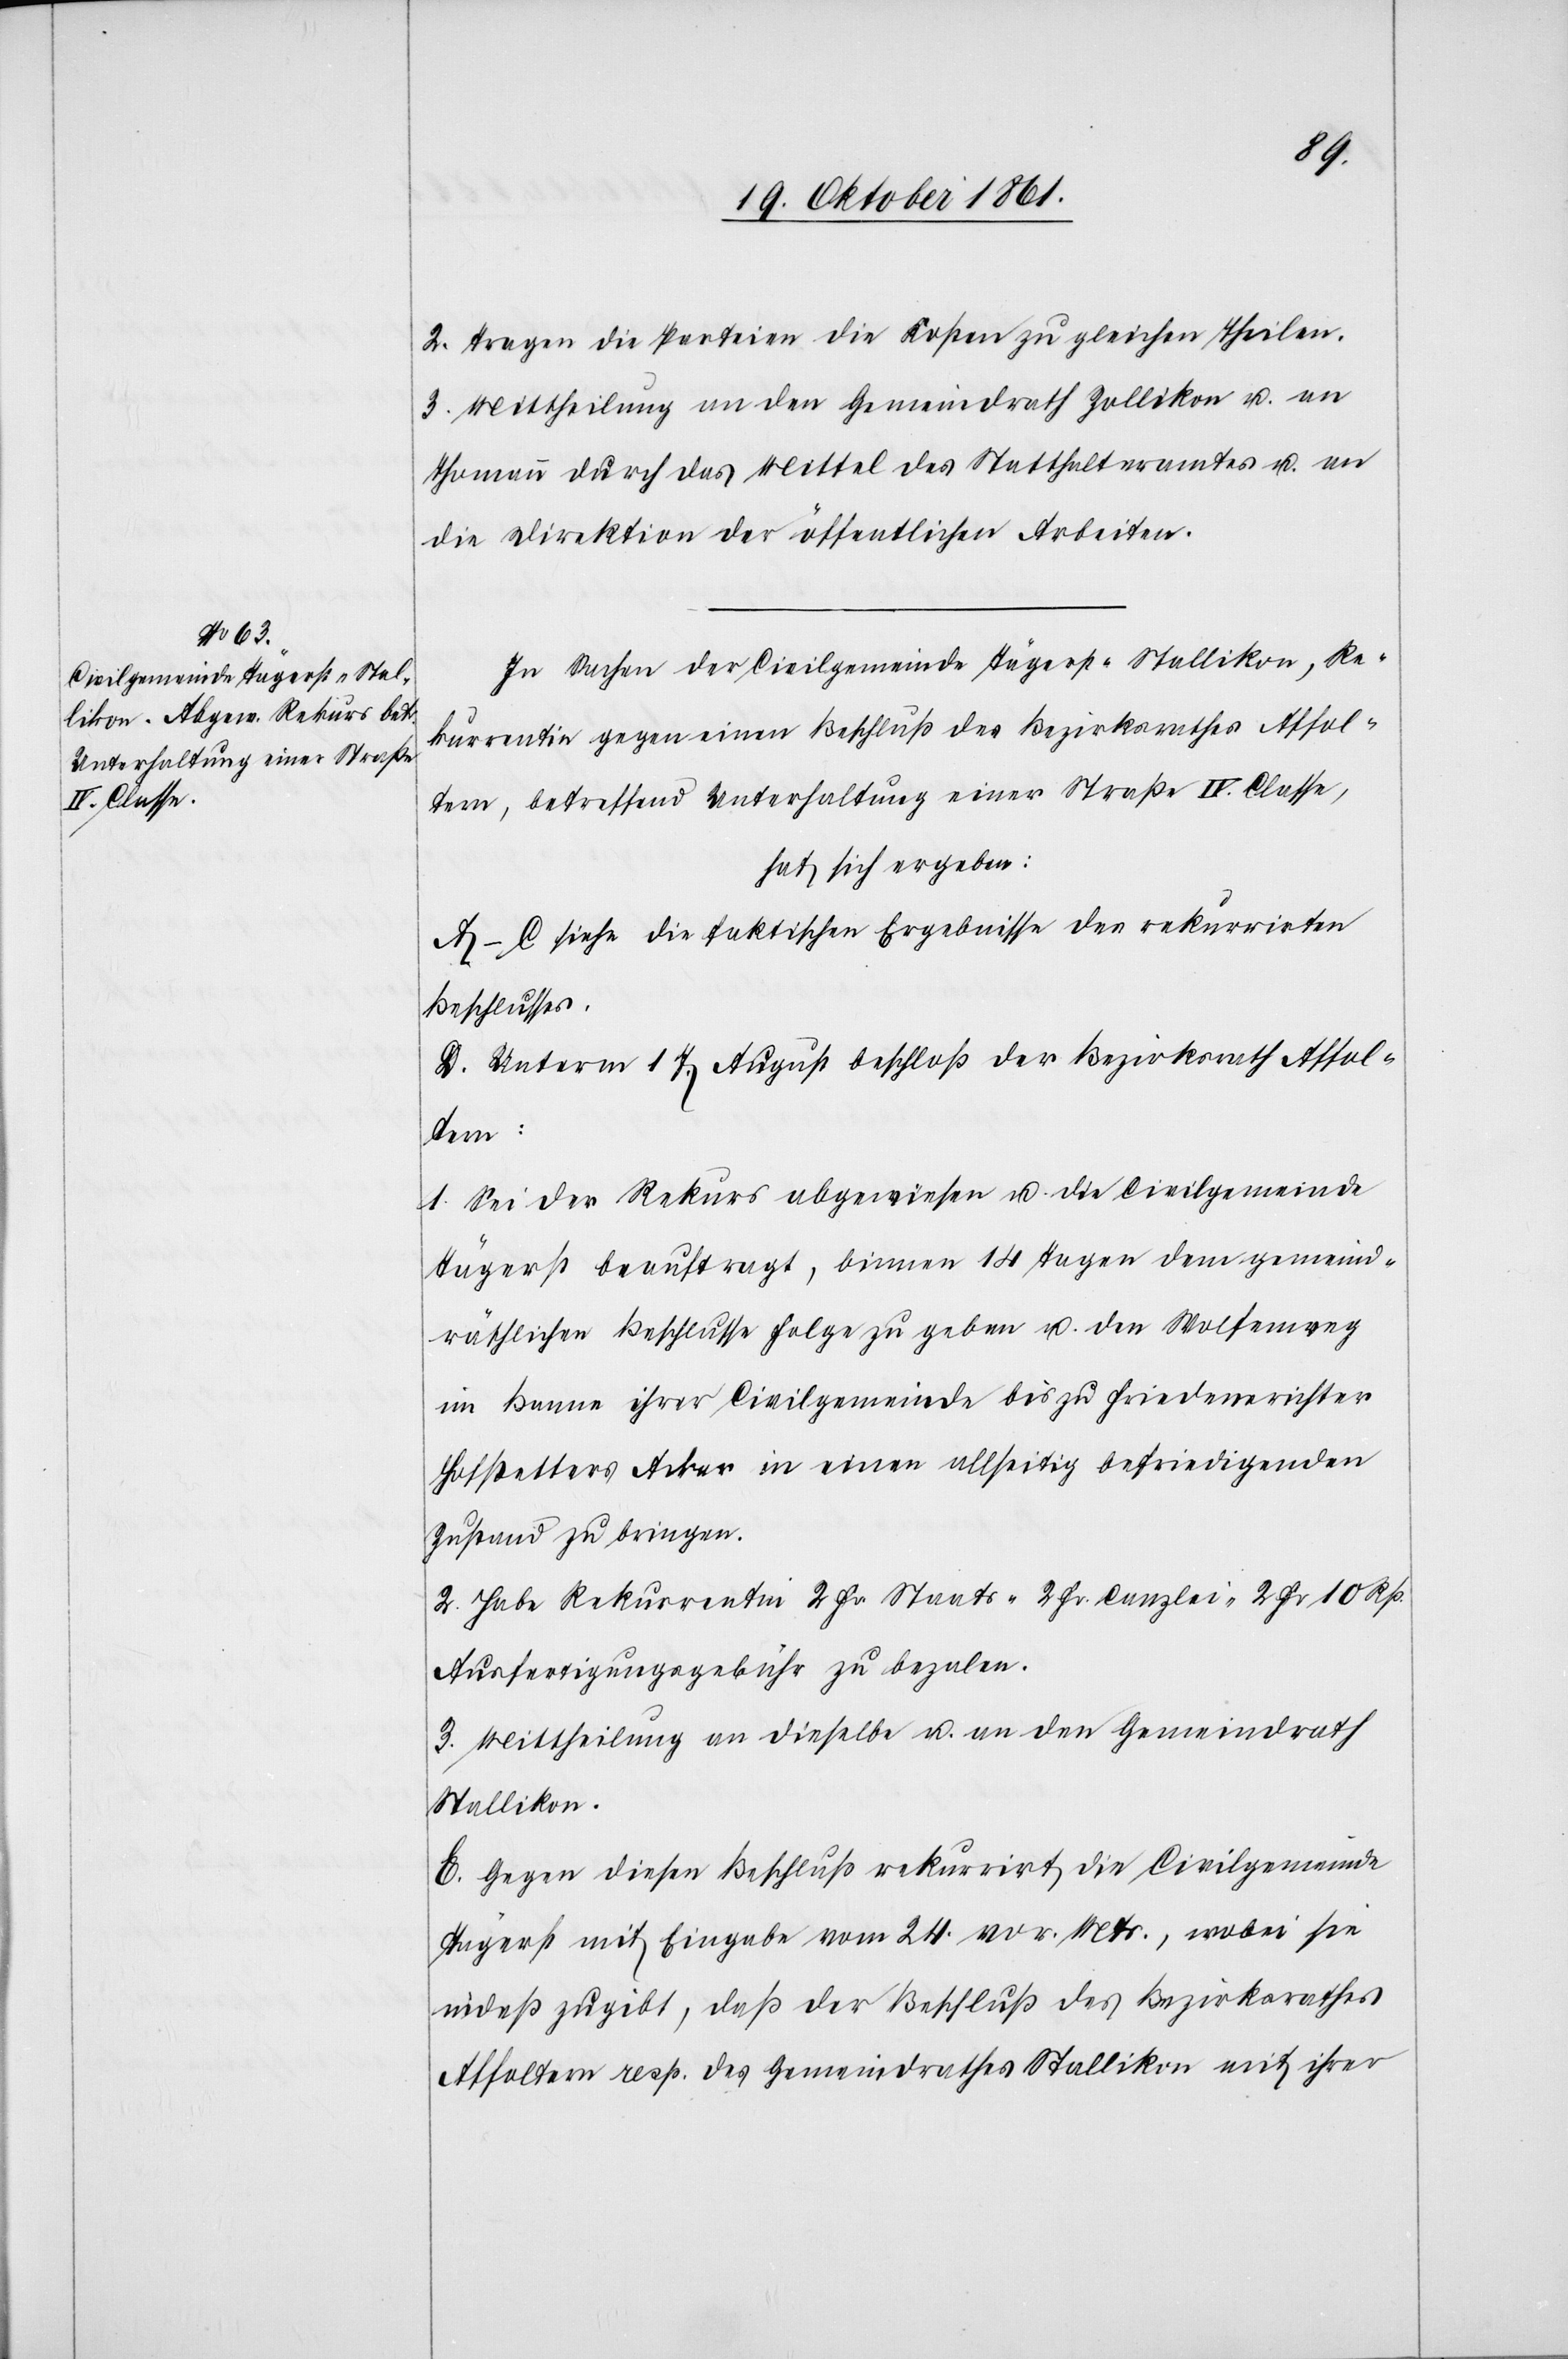
2. Tragen die Parteien die Kosten zu gleichen Theilen.
3. Mittheilung an den Gemeindrath Zollikon u. an
Thomann durch das Mittel des Statthalteramtes u. an
die Direktion der öffentlichen Arbeiten.
In Sachen der Civilgemeinde Tägerst-Stallikon, Re¬
kurrentin gegen einen Beschluß des Bezirksrathes Affol¬
tern, betreffend Unterhaltung einer Straße IV. Classe,
hat sich ergeben:
A–C. siehe die faktischen Ergebnisse des rekurrirten
Beschlusses.
D. Unterm 17 August beschloß der Bezirksrath Affol¬
tern:
1. Sei der Rekurs abgewiesen u. die Civilgemeinde
Tägerst beauftragt, binnen 14 Tagen dem gemeind¬
räthlichen Beschlusse Folge zu geben u. den Wolfenweg
im Banne ihrer Civilgemeinde bis zu Friedensrichter
Hofstetters Acker in einen allseitig befriedigenden
Zustand zu bringen.
2. Habe Rekurrentin 2 Fr. Staats-[,] 2 Fr. Canzlei-[,] 2 Fr. 10 Rp.
Ausfertigungsgebühr zu bezalen.
3. Mittheilung an dieselbe u. an den Gemeindrath
Stallikon.
E. Gegen diesen Beschluß rekurrirt die Civilgemeinde
Tägerst mit Eingabe vom 24 v. Mts. wobei sie
indeß zugibt, daß der Beschluß des Bezirksrathes
Affoltern resp. des Gemeindrathes Stallikon mit ihrer